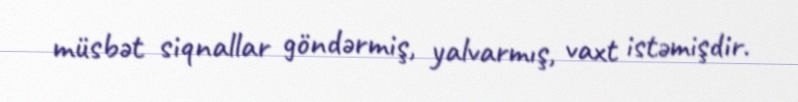
müsbət siqnallar göndərmiş, yalvarmış, vaxt istəmişdir.